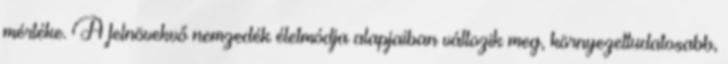
mértéke. A felnövekvő nemzedék életmódja alapjaiban változik meg, környezettudatosabb,